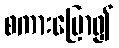
စကားပြော၍